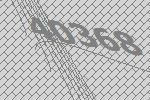
40368